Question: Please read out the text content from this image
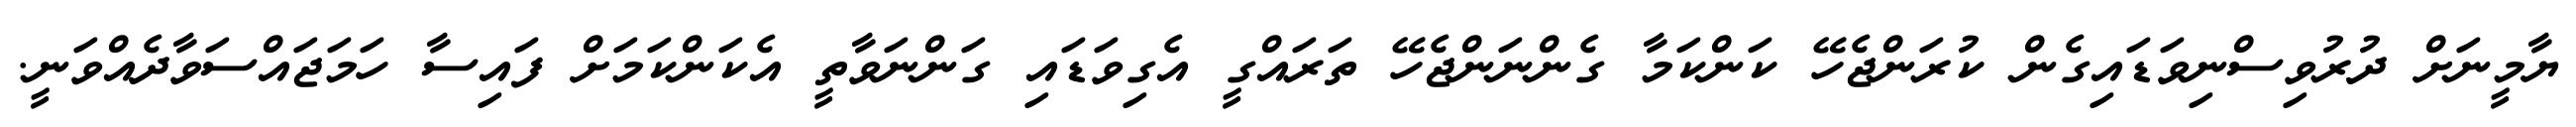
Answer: ޔާމީނަށް ދުރުވިސްނިވަޑައިގެން ކުރަންޖެހޭ ކަންކަމާ ގެންނަންޖެހޭ ތަރައްގީ އެގިވަޑައި ގަންނަވާތީ އެކަންކަމަށް ފައިސާ ހަމަޖައްސަވާދެއްވަނީ.